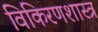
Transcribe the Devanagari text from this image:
विकिरणशास्त्र